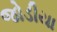
જોડીયા